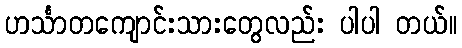
ဟင်္သာတကျောင်းသားတွေလည်း ပါပါ တယ်။